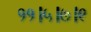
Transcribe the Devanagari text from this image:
११।५।७।९